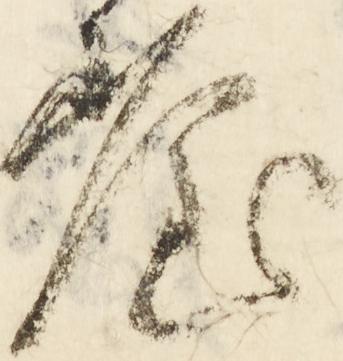
堂